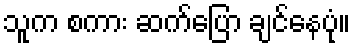
သူက စကား ဆက်ပြော ချင်နေပုံ။